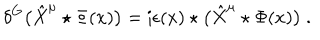
LaTeX: \delta ^ { G } \big ( \hat { X } ^ { \mu } \star \Phi ( x ) \big ) = \mathrm { i } \epsilon ( x ) \star \big ( \hat { X } ^ { \mu } \star \Phi ( x ) \big ) ~ .